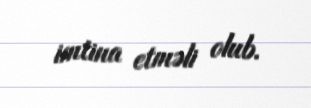
imtina etməli olub.